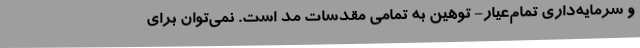
و سرمایه‌داری تمام‌عیار- توهین به تمامی مقدسات مد است. نمی‌توان برای